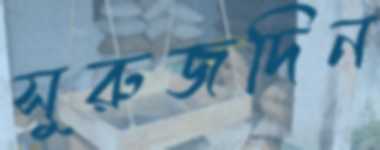
সুরুজদিন